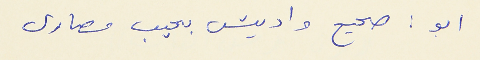
ابو :صحيح واديش بجيب مصارى